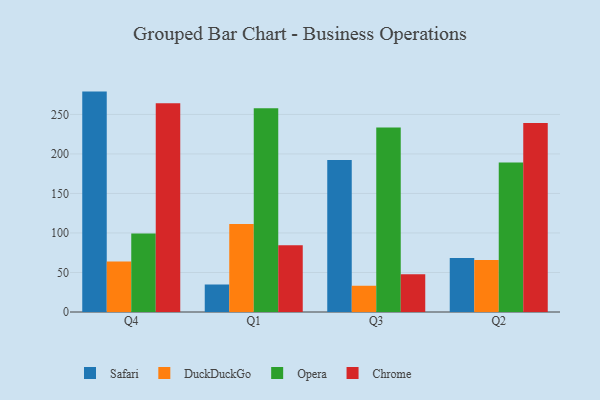
{"axis": {"x": "Quarter", "y": "Market Share (%)"}, "legend": ["Chrome", "DuckDuckGo", "Opera", "Safari"], "data": [{"x": "Q4", "y": 278.9, "type": "Safari"}, {"x": "Q4", "y": 63.8, "type": "DuckDuckGo"}, {"x": "Q4", "y": 99.3, "type": "Opera"}, {"x": "Q4", "y": 264.2, "type": "Chrome"}, {"x": "Q1", "y": 34.8, "type": "Safari"}, {"x": "Q1", "y": 111.5, "type": "DuckDuckGo"}, {"x": "Q1", "y": 257.8, "type": "Opera"}, {"x": "Q1", "y": 84.5, "type": "Chrome"}, {"x": "Q3", "y": 192.4, "type": "Safari"}, {"x": "Q3", "y": 33.2, "type": "DuckDuckGo"}, {"x": "Q3", "y": 233.5, "type": "Opera"}, {"x": "Q3", "y": 47.8, "type": "Chrome"}, {"x": "Q2", "y": 68.4, "type": "Safari"}, {"x": "Q2", "y": 65.7, "type": "DuckDuckGo"}, {"x": "Q2", "y": 189.2, "type": "Opera"}, {"x": "Q2", "y": 239.3, "type": "Chrome"}]}